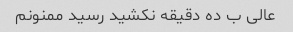
عالی ب ده دقیقه نکشید رسید ممنونم